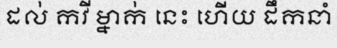
ដល់ កវី ម្នាក់ នេះ ហើយ ដឹកនាំ